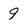
Character: 9